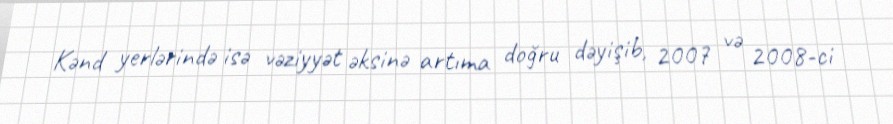
Kənd yerlərində isə vəziyyət əksinə artıma doğru dəyişib, 2007 və 2008-ci